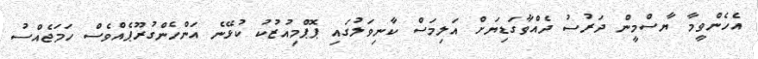
އެހެންވީމާ ޔާސްމީން ދަރުސު ދެއްވާގަޑިޔަށް އަލިމަސް ކާނިވަލުގައި ޕޮޕްމިއުޒުކު ކުޅޭނެ އަންހެންގުރޫޕެއްވެސް ހަމަޖެއްސު